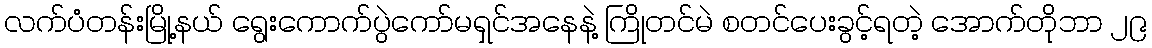
လက်ပံတန်းမြို့နယ် ရွေးကောက်ပွဲကော်မရှင်အနေနဲ့ ကြိုတင်မဲ စတင်ပေးခွင့်ရတဲ့ အောက်တိုဘာ ၂၉